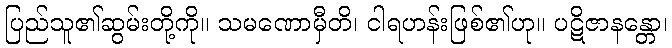
ပြည်သူ၏ဆွမ်းတို့ကို။ သမဏောမှီတိ၊ ငါရဟန်းဖြစ်၏ဟု။ ပဋိဇာနန္တော၊